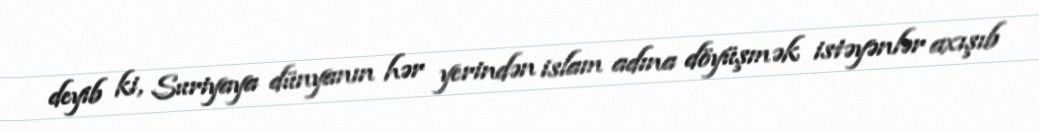
deyib ki, Suriyaya dünyanın hər yerindən islam adına döyüşmək istəyənlər axışıb